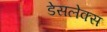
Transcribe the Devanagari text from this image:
डेसलेक्स